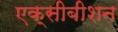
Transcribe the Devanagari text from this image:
एक्सीबीशन